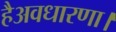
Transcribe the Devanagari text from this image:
हैअवधारणा।